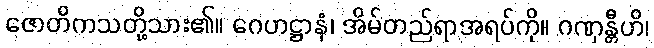
ဇောတိကသတို့သား၏။ ဂေဟဋ္ဌာနံ၊ အိမ်တည်ရာအရပ်ကို။ ဂဏှန္တီဟိ၊